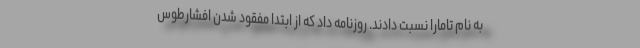
به نام تامارا نسبت دادند. روزنامه داد که از ابتدا مفقود شدن افشارطوس